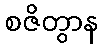
စဇိတွာန